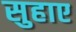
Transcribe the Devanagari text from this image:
सुहाए